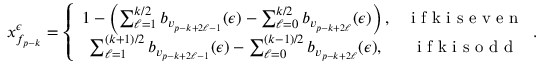
x _ { f _ { p - k } } ^ { \epsilon } = \left\{ \begin{array} { c c } { 1 - \left( \sum _ { \ell = 1 } ^ { k / 2 } b _ { v _ { p - k + 2 \ell - 1 } } ( \epsilon ) - \sum _ { \ell = 0 } ^ { k / 2 } b _ { v _ { p - k + 2 \ell } } ( \epsilon ) \right) , } & { \textrm { i f k i s e v e n } } \\ { \sum _ { \ell = 1 } ^ { ( k + 1 ) / 2 } b _ { v _ { p - k + 2 \ell - 1 } } ( \epsilon ) - \sum _ { \ell = 0 } ^ { ( k - 1 ) / 2 } b _ { v _ { p - k + 2 \ell } } ( \epsilon ) , } & { \textrm { i f k i s o d d } } \end{array} . \right.